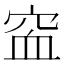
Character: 䆝